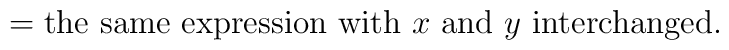
=\mbox{the same expression with $x$ and $y$ interchanged.}